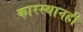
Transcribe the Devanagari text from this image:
कारस्थानही